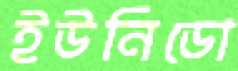
ইউনিডো